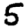
Digit: 5